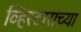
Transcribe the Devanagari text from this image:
व्हिस्टाराच्या